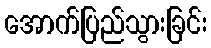
အောက်ပြည်သွားခြင်း